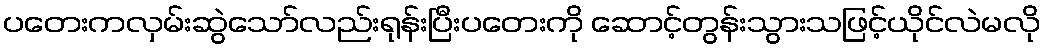
ပတေးကလှမ်းဆွဲသော်လည်းရုန်းပြီးပတေးကို ဆောင့်တွန်းသွားသဖြင့်ယိုင်လဲမလို